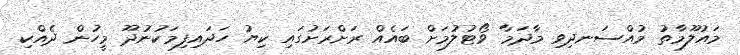
މައުލޫމާތު މުއްސަނދިވި މާދަމާ ވޯޓުލުމަށް ބައެއް ރަށްރަށުގައި ކިޔު ހަދައިފިމަކުނުދޫ މީހުން ދެއްކި